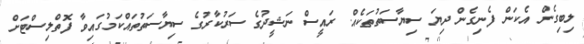
ލިބިގެން އެކަން ފެނިގެން ދިޔަ ސިޔާސަތުތަކެއް. ރައީސް ނަޝީދުގެ ސަރުކާރުގެ ސިޔާސަތުތައްކަމުގައިވާ ފޮތްލިސްޓަށް